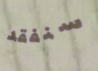
سنفقد